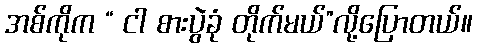
အစ်ကိုက “ ငါ စားပွဲခုံ တိုက်မယ်”လို့ပြောတယ်။